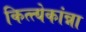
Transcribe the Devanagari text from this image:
कित्त्येकांन्ना